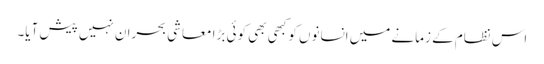
اس نظام کے زمانے میں انسانوں کو کبھی بھی کوئی بڑا معاشی بحران نہیں پیش آیا۔